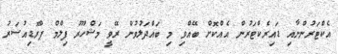
އެކްޓަރުންނާއި ޑައިރެކްޓަރުން އެއްކޮށް ބޭއްވި މި ބައްދަލުވުން ރޭވީ މަޝްހޫރު ފިލްމް ޕްރޮޑިއުސަރު